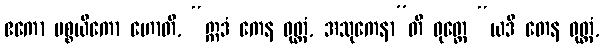
ဧကော ပစ္စယိကော ဟောတိ, “ဣဒံ ကေန ဝုတ္တံ, အသုကေနာ”တိ ဝုတ္တေ “ယဒိ တေန ဝုတ္တံ,